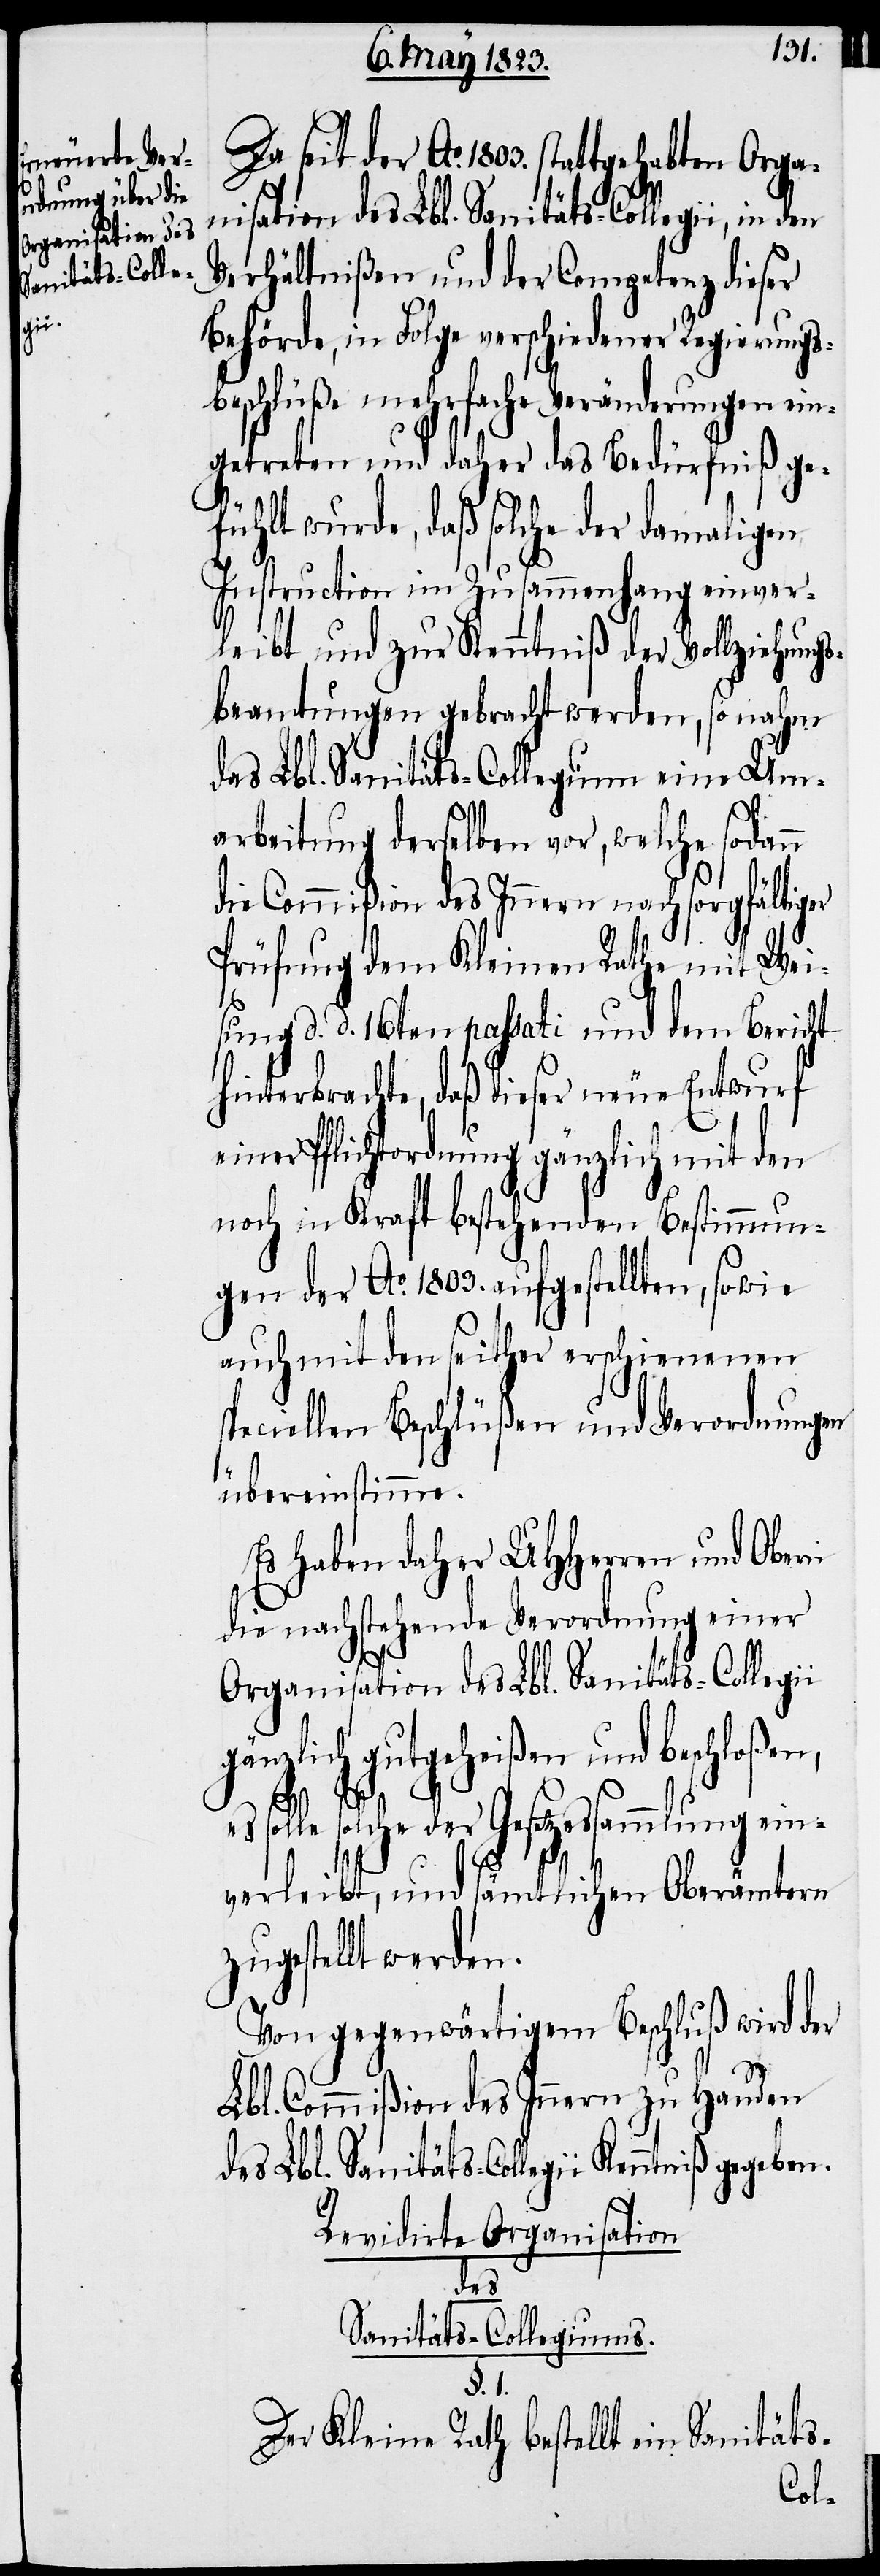
ben.

Da seit der Ao. 1803. stattgehabten Orga¬
nisation des Lbl. Sanitäts-Collegii, in
Verhältnißen und der Competenz dieser
Behörde, in Folge verschiedener Regierungs¬
beschlüße mehrfache Veränderungen ein¬
getreten und daher das Bedürfniß ge¬
fühlt wurde, daß solche der damaligen
Instruction im Zusammenhang einver¬
leibt und zur Kenntniß der Vollziehung¬
sbeamtungen gebracht werden, so nahm
das Lbl. Sanitäts-Collegium eine Um¬
arbeitung derselben vor, welche sodan¬
die Commißion des Innern nach sorgfältiger
Prüfung dem Kleinen Rathe mit Wei¬
sung d. d. 16ten passati und dem Bericht
hinterbrachte, daß dieser neue Entwurf
einer Pflichtordnung gänzlich mit den
noch in Kraft bestehenden Bestimmun¬
gen der Ao. 1803. aufgestellten, sowie
auch mit den seither erschienenen
speciellen Beschlüßen und Verordnungen
übereinstimme.
Es haben daher UHHerren und Obern
die nachstehende Verordnung einer
Organisation des Lbl. Sanitäts-Collegii
gänzlich gutgeheißen und beschloßen,
es solle solche der Gesetzessammlung ein¬
L¬
verleibt, und sämtlichen Oberämtern
zugestellt werden.
Von gegenwärtigem Beschluß wird der
bl. Commißion des Innern zu Handen
Revidirte Organisation
des
Sanitäts-Collegiums.
§. 1.
Der Kleine Rath bestellt ein Sanitäts-